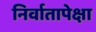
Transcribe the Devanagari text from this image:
निर्वातापेक्षा